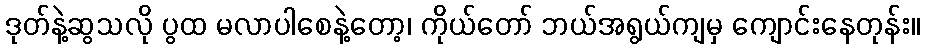
ဒုတ်နဲ့ဆွသလို ပွထ မလာပါစေနဲ့တော့၊ ကိုယ်တော် ဘယ်အရွယ်ကျမှ ကျောင်းနေတုန်း။